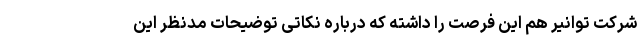
شرکت توانیر هم این فرصت را داشته که درباره نکاتی توضیحات مدنظر این